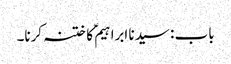
باب : سیدنا ابراہیمؑ کا ختنہ کرنا۔